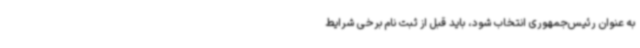
به‌ عنوان رئیس‌جمهوری انتخاب شود، باید قبل از ثبت‌ نام برخی شرایط